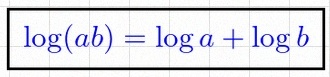
\log(ab)=\log a+\log b